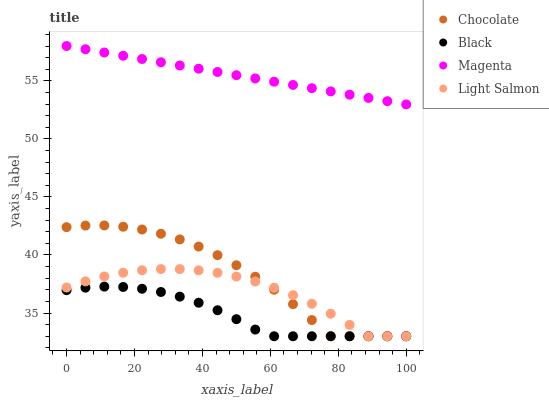
| xaxis_label | Chocolate | Black | Magenta | Light Salmon |
 | --- | --- | --- | --- | --- |
 | 0 | 42.4 | 37 | 58 | 37.2 |
 | 5.56 | 42.5 | 37.2 | 57.7 | 37.7 |
 | 11.1 | 42.5 | 37.3 | 57.4 | 38.2 |
 | 16.7 | 42.4 | 37.2 | 57.2 | 38.5 |
 | 22.2 | 42.2 | 37.1 | 56.9 | 38.7 |
 | 27.8 | 41.8 | 36.8 | 56.6 | 38.8 |
 | 33.3 | 41.3 | 36.4 | 56.3 | 38.8 |
 | 38.9 | 40.7 | 35.9 | 56 | 38.7 |
 | 44.4 | 40 | 35.2 | 55.8 | 38.5 |
 | 50 | 39.1 | 34.5 | 55.5 | 38.1 |
 | 55.6 | 38.1 | 33.6 | 55.2 | 37.7 |
 | 61.1 | 37 | 33 | 54.9 | 37.2 |
 | 66.7 | 35.8 | 33 | 54.6 | 36.5 |
 | 72.2 | 34.4 | 33 | 54.4 | 35.8 |
 | 77.8 | 33 | 33 | 54.1 | 34.9 |
 | 83.3 | 33 | 33 | 53.8 | 34 |
 | 88.9 | 33 | 33 | 53.5 | 33 |
 | 94.4 | 33 | 33 | 53.3 | 33 |
 | 100 | 33 | 33 | 53 | 33 |